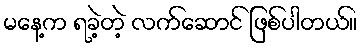
မနေ့က ရခဲ့တဲ့ လက်ဆောင် ဖြစ်ပါတယ်။